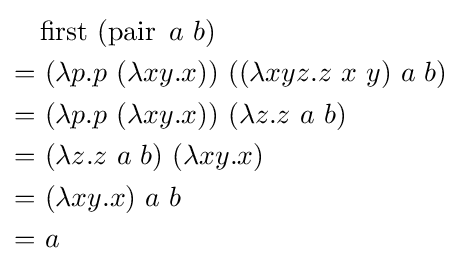
{\begin{aligned}&\operatorname {first} \ (\operatorname {pair} \ a\ b)\\=&\ (\lambda p.p\ (\lambda xy.x))\ ((\lambda xyz.z\ x\ y)\ a\ b)\\=&\ (\lambda p.p\ (\lambda xy.x))\ (\lambda z.z\ a\ b)\\=&\ (\lambda z.z\ a\ b)\ (\lambda xy.x)\\=&\ (\lambda xy.x)\ a\ b\\=&\ a\end{aligned}}